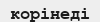
корінеді